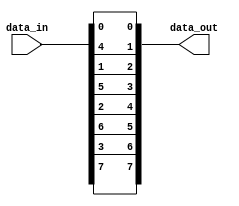
// $Id: c_interleave.v 5188 2012-08-30 00:31:31Z dub $

/*
 Copyright (c) 2007-2012, Trustees of The Leland Stanford Junior University
 All rights reserved.

 Redistribution and use in source and binary forms, with or without
 modification, are permitted provided that the following conditions are met:

 Redistributions of source code must retain the above copyright notice, this 
 list of conditions and the following disclaimer.
 Redistributions in binary form must reproduce the above copyright notice, this
 list of conditions and the following disclaimer in the documentation and/or
 other materials provided with the distribution.

 THIS SOFTWARE IS PROVIDED BY THE COPYRIGHT HOLDERS AND CONTRIBUTORS "AS IS" AND
 ANY EXPRESS OR IMPLIED WARRANTIES, INCLUDING, BUT NOT LIMITED TO, THE IMPLIED
 WARRANTIES OF MERCHANTABILITY AND FITNESS FOR A PARTICULAR PURPOSE ARE 
 DISCLAIMED. IN NO EVENT SHALL THE COPYRIGHT OWNER OR CONTRIBUTORS BE LIABLE FOR
 ANY DIRECT, INDIRECT, INCIDENTAL, SPECIAL, EXEMPLARY, OR CONSEQUENTIAL DAMAGES
 (INCLUDING, BUT NOT LIMITED TO, PROCUREMENT OF SUBSTITUTE GOODS OR SERVICES;
 LOSS OF USE, DATA, OR PROFITS; OR BUSINESS INTERRUPTION) HOWEVER CAUSED AND ON
 ANY THEORY OF LIABILITY, WHETHER IN CONTRACT, STRICT LIABILITY, OR TORT
 (INCLUDING NEGLIGENCE OR OTHERWISE) ARISING IN ANY WAY OUT OF THE USE OF THIS
 SOFTWARE, EVEN IF ADVISED OF THE POSSIBILITY OF SUCH DAMAGE.
*/

//==============================================================================
// interleave a given number of blocks of bits
// (a0 a1 a2 b0 b1 b2 c0 c1 c2) -> (a0 b0 c0 a1 b1 c1 a2 b2 c2)
//==============================================================================

module c_interleave
  (data_in, data_out);
   
   // input data width
   parameter width = 8;
   
   // number of blocks in input data
   parameter num_blocks = 2;
   
   // width of each block
   localparam step = width / num_blocks;
   
   // vector of input data
   input [0:width-1] data_in;
   
   // vector of output data
   output [0:width-1] data_out;
   wire [0:width-1] data_out;
   
   generate
      
      genvar 	    i;
      for(i = 0; i < step; i = i + 1)
	begin:blocks
	   
	   genvar j;
	   for(j = 0; j < num_blocks; j = j + 1)
	     begin:bits
		assign data_out[i*num_blocks+j] = data_in[i+j*step];
	     end
	   
	end
      
   endgenerate
   
endmodule